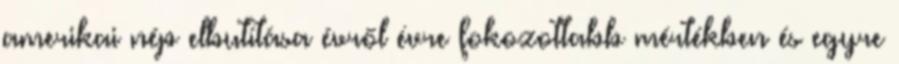
amerikai nép elbutítása évről évre fokozottabb mértékben és egyre